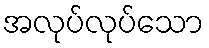
အလုပ်လုပ်သော